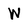
Character: W